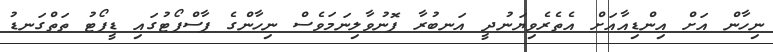
ނިހާން އަށް އިންޑިއާއަށް އެތެރެވިޔަނުދީ އަނބުރާ ފޮނުވާލިނަމަވެސް ނިހާންގެ ޕާސްޕޯޓުގައި ޑީޕޯޓު ތަތްގަނޑު